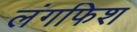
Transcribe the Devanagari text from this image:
लंगफिश